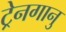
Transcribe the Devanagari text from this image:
ट्रेनगानु